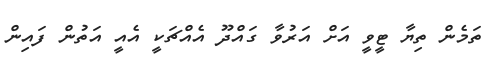
ތަމެން ތިޔާ ޓީވީ އަށް އަރުވާ ގައްދޫ އެއްޗަކީ އެއީ އަތުން ފައިން